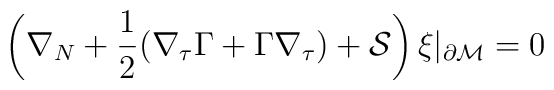
\left( \nabla_N +\frac 12 (\nabla_\tau \Gamma + \Gamma \nabla_\tau )+{\cal S} \right)\xi \vert_{\partial{\cal M}}=0